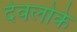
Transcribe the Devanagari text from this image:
देवलोके